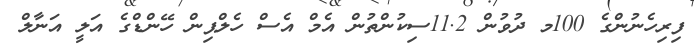
ފިރިހެނުންގެ 100މ ދުވުން 11.2ސިކުންތުން އެމް އެސް ހެލްޕިން ހޭންޑްގެ އަލީ އަނާލް